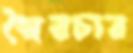
স্বৈরচার